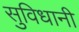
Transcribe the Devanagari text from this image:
सुविधानी